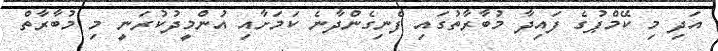
އަދި މި ކޭމްޕުގެ ފައިދާ މުބާރާތުގައި ފެނިގެންދާނެ ކަމަށާއި އުންމީދުކުރަނީ މި މުބާރާތް